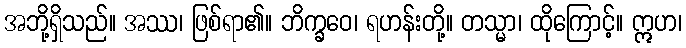
အဘို့ရှိသည်။ အဿ၊ ဖြစ်ရာ၏။ ဘိက္ခဝေ၊ ရဟန်းတို့။ တသ္မာ၊ ထိုကြောင့်။ ဣဟ၊